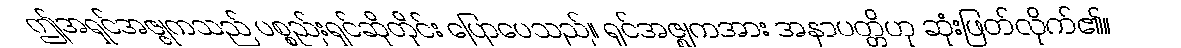
ဤအရှင်အဇ္ဇုကသည် ပစ္စည်းရှင်ဆိုတိုင်း ပြောပေသည်။ ရှင်အဇ္ဈကအား အနာပတ္တိဟု ဆုံးဖြတ်လိုက်၏။